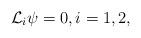
LaTeX: \begin{align*}\mathcal{L}_i\psi=0,i=1,2,\end{align*}